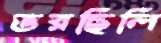
ভরছিলি